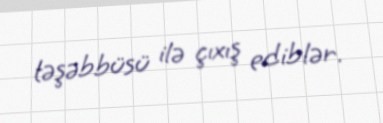
təşəbbüsü ilə çıxış ediblər.